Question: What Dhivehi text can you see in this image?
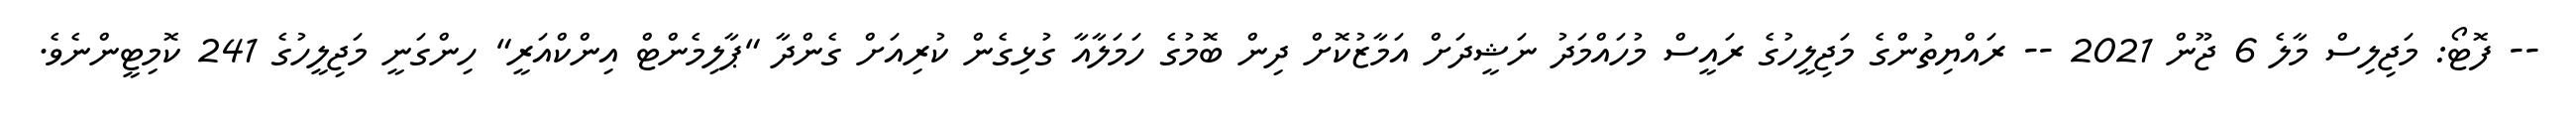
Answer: -- ފޮޓޯ: މަޖިލިސް މާލެ 6 ޖޫން 2021 -- ރައްޔިތުންގެ މަޖިލީހުގެ ރައީސް މުހައްމަދު ނަޝީދަށް އަމާޒުކޮށް ދިން ބޮމުގެ ހަމަލާއާ ގުޅިގެން ކުރިއަށް ގެންދާ "ޕާލިމެންޓް އިންކްއަރީ" ހިންގަނީ މަޖިލީހުގެ 241 ކޮމިޓީންނެވެ.